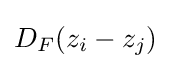
D_{F}(z_{i}-z_{j})